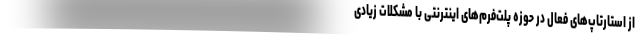
از استارتاپ‌های فعال در حوزه پلت‌فرم‌های اینترنتی با مشکلات زیادی